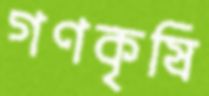
গণকৃষি